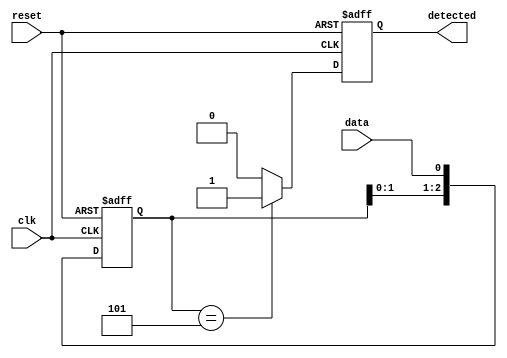
module pattern_detector (
    input wire clk,               // Clock signal
    input wire reset,             // Reset signal
    input wire data,              // Input signal to monitor
    output reg detected           // Output signal indicating detection
);

    // Parameters
    parameter PATTERN_LENGTH = 3; // Length of the pattern to be detected
    parameter PATTERN = 3'b101;    // The pattern to detect ('101')

    // Flip-flops for storing the last PATTERN_LENGTH bits of input data
    reg [PATTERN_LENGTH-1:0] shift_reg;

    always @(posedge clk or posedge reset) begin
        if (reset) begin
            // Reset the shift register and output detection signal
            shift_reg <= 0;
            detected <= 0;
        end else begin
            // Shift the data into the shift register
            shift_reg <= {shift_reg[PATTERN_LENGTH-2:0], data};

            // Compare the shift register with the predefined pattern
            if (shift_reg == PATTERN) begin
                detected <= 1; // Set detected signal high on match
            end else begin
                detected <= 0; // Clear detected signal when there's no match
            end
        end
    end

endmodule